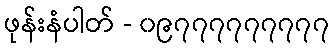
ဖုန်းနံပါတ် - ၀၉၇၇၇၇၇၇၇၇၇